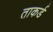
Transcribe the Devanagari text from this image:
ताकर्ड